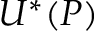
U ^ { * } ( P )